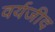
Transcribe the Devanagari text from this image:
वर्यजीद